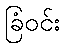
ခြံဝင်း